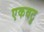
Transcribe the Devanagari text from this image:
एकवटु